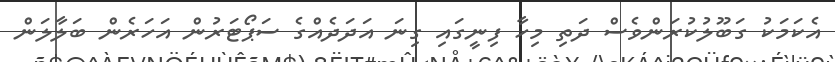
އެކަމަކު ގަބޫލުކުރަންވެސް ދަތި މިހާ ފިނީގައި ގިނަ އަދަދެއްގެ ސަޕޯޓަރުން އަހަރެން ބަލާލަން